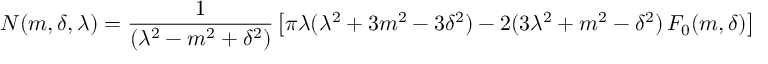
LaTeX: N ( m , \delta , \lambda ) = { \frac { 1 } { ( \lambda ^ { 2 } - m ^ { 2 } + \delta ^ { 2 } ) } } \left[ \pi \lambda ( \lambda ^ { 2 } + 3 m ^ { 2 } - 3 \delta ^ { 2 } ) - 2 ( 3 \lambda ^ { 2 } + m ^ { 2 } - \delta ^ { 2 } ) \, F _ { 0 } ( m , \delta ) \right] \, .